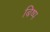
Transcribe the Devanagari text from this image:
बिष्प